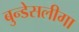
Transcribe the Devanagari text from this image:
बुन्डेसलीगा